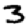
Digit: 3